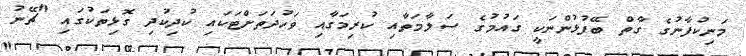
މަނިކުފާނުގެ ގާތް ބޭފުޅުންނަކީ ގައުމުގެ ސަލާމަތާއި ކުރިމަގާއި ވަހުދަތަށްޓަކައި ކުދިކުދި ގޮޅިތަކުގައި "ޗޭނު